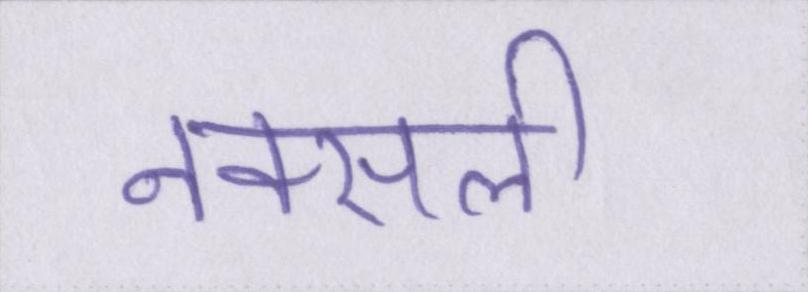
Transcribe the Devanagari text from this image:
नक्सली